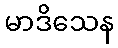
မာဒိသေန